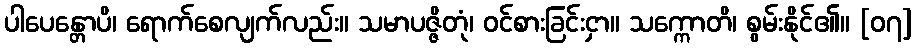
ပါပေန္တောပိ၊ ရောက်စေလျက်လည်း။ သမာပဇ္ဇိတုံ၊ ဝင်စားခြင်းငှာ။ သက္ကောတိ၊ စွမ်းနိုင်၏။ [၀၇]